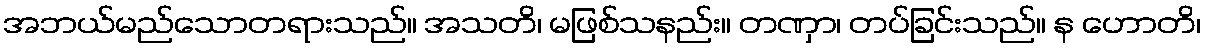
အဘယ်မည်သောတရားသည်။ အသတိ၊ မဖြစ်သနည်း။ တဏှာ၊ တပ်ခြင်းသည်။ န ဟောတိ၊